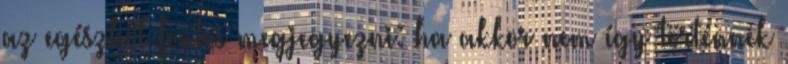
az egészből fontos megjegyezni: ha akkor nem így történnek